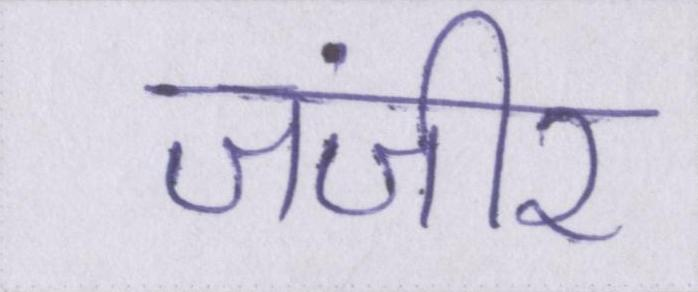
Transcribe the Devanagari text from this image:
जंजीर